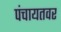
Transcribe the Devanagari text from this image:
पंचायतवर